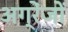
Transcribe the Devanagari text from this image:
अग्रेंजों